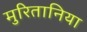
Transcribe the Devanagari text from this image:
मुरितानिया